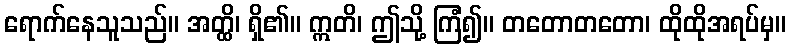
ရောက်နေသူသည်။ အတ္ထိ၊ ရှိ၏။ ဣတိ၊ ဤသို့ ကြံ၍။ တတောတတော၊ ထိုထိုအရပ်မှ။